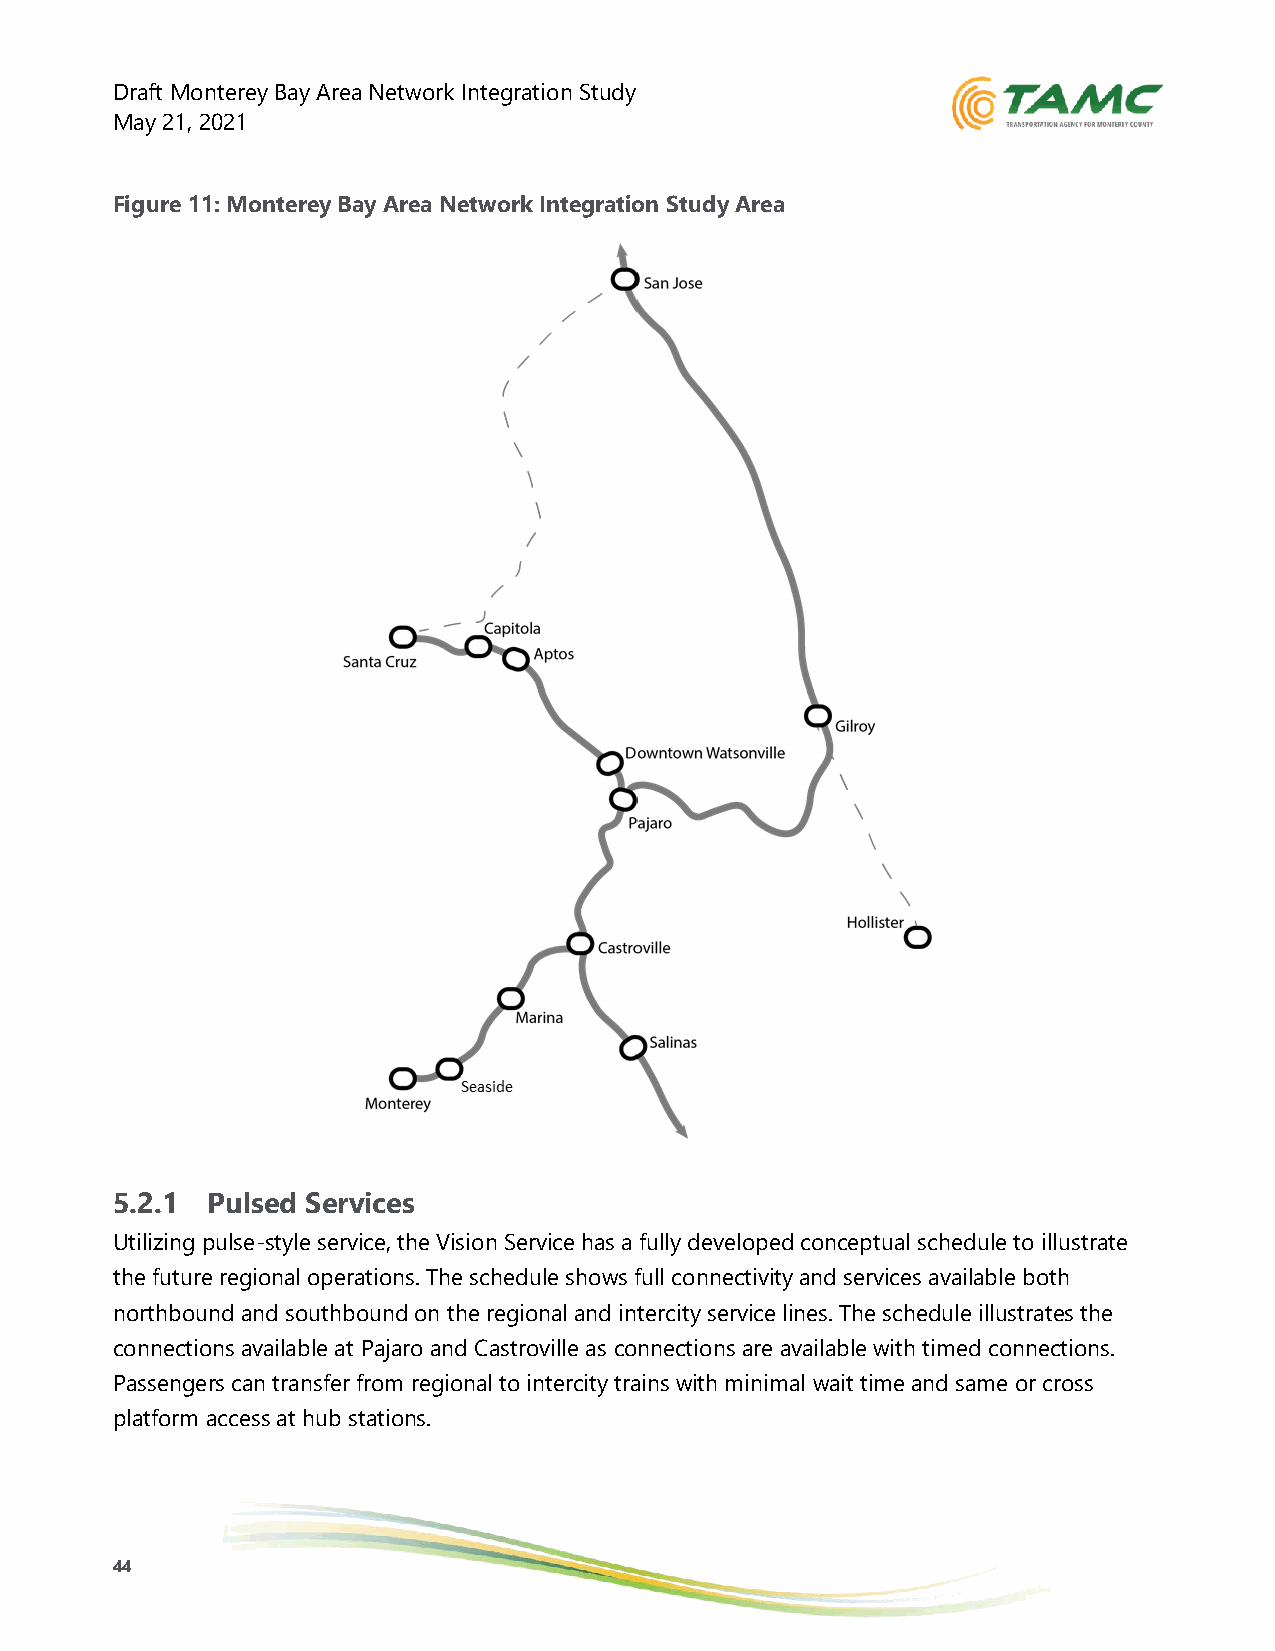
Draft Monterey Bay Area Network Integration Study
 May 21, 2021
 Figure 11: Monterey Bay Area Network Integration Study Area
 5.2.1  Pulsed Services
 Utilizing pulse-style service, the Vision Service has a fully developed conceptual schedule to illustrate
 the future regional operations. The schedule shows full connectivity and services available both
 northbound and southbound on the regional and intercity service lines. The schedule illustrates the
 connections available at Pajaro and Castroville as connections are available with timed connections.
 Passengers can transfer from regional to intercity trains with minimal wait time and same or cross
 platform access at hub stations.
 44